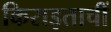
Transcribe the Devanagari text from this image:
किराइताचीं